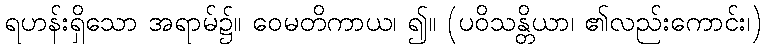
ရဟန်းရှိသော အရာမ်၌။ ဝေမတိကာယ၊ ၍။ (ပဝိသန္တိယာ၊ ၏လည်းကောင်း၊)